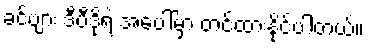
ခင်ဗျား ဒီဗီဒိုရဲ့ အပေါ်မှာ တင်ထားနိုင်ပါတယ်။